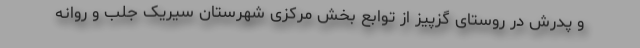
و پدرش در روستای گزپیز از توابع بخش مرکزی شهرستان سیریک جلب و روانه